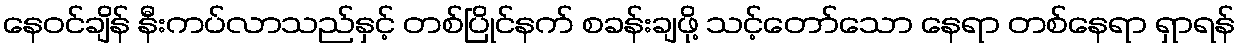
နေဝင်ချိန် နီးကပ်လာသည်နှင့် တစ်ပြိုင်နက် စခန်းချဖို့ သင့်တော်သော နေရာ တစ်နေရာ ရှာရန်